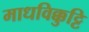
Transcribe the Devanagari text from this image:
माधविक्कुट्टि